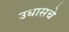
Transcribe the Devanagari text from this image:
उधासचे